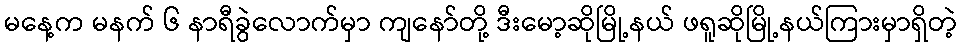
မနေ့က မနက် ၆ နာရီခွဲလောက်မှာ ကျနော်တို့ ဒီးမော့ဆိုမြို့နယ် ဖရူဆိုမြို့နယ်ကြားမှာရှိတဲ့